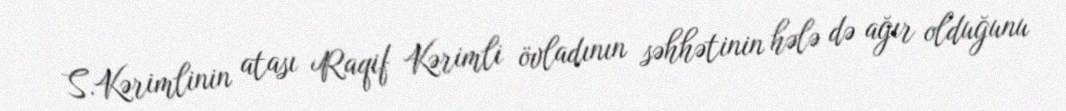
S.Kərimlinin atası Raqif Kərimli övladının səhhətinin hələ də ağır olduğunu